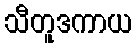
သီတူဒကာယ